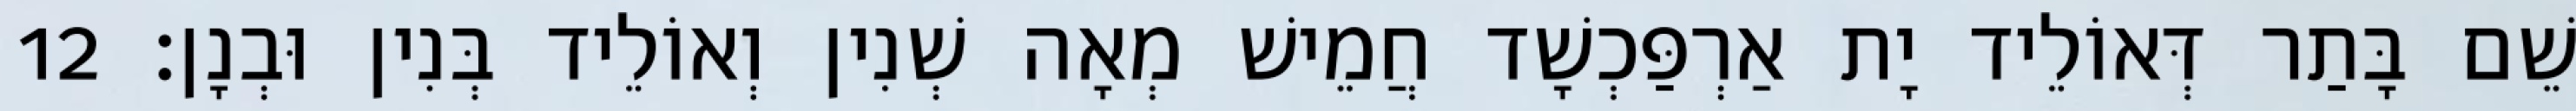
שֵׁם בָּתַר דְּאוֹלֵיד יָת אַרְפַּכְשָׁד חֲמֵישׁ מְאָה שְׁנִין וְאוֹלֵיד בְּנִין וּבְנָן׃ 12